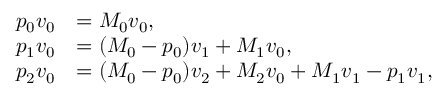
\begin{array} { r l } { p _ { 0 } \boldsymbol { v } _ { 0 } } & { = M _ { 0 } \boldsymbol { v } _ { 0 } , } \\ { p _ { 1 } \boldsymbol { v } _ { 0 } } & { = ( M _ { 0 } - p _ { 0 } ) \boldsymbol { v } _ { 1 } + M _ { 1 } \boldsymbol { v } _ { 0 } , } \\ { p _ { 2 } \boldsymbol { v } _ { 0 } } & { = ( M _ { 0 } - p _ { 0 } ) \boldsymbol { v } _ { 2 } + M _ { 2 } \boldsymbol { v } _ { 0 } + M _ { 1 } \boldsymbol { v } _ { 1 } - p _ { 1 } \boldsymbol { v } _ { 1 } , } \end{array}